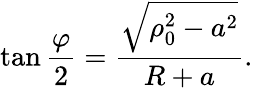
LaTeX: \tan{\frac{\varphi}{2}}={\frac{\sqrt{\rho_{0}^{2}-a^{2}}}{R+a}}.